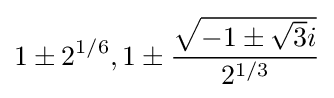
1\pm 2^{1/6},1\pm {\frac {\sqrt {-1\pm {\sqrt {3}}i}}{2^{1/3}}}